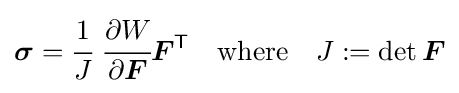
{\boldsymbol {\sigma }}={\cfrac {1}{J}}~{\cfrac {\partial W}{\partial {\boldsymbol {F}}}}{\boldsymbol {F}}^{\textsf {T}}\quad {\text{where}}\quad J:=\det {\boldsymbol {F}}